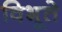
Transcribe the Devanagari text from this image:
विभूते